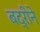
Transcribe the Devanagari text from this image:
बद्रीने